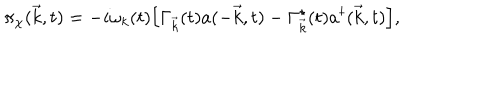
{ \pi } _ { \chi } ( \vec { k } , t ) = - i { \omega } _ { k } ( t ) \Big [ { \Gamma } _ { \vec { k } } ( t ) a ( - \vec { k } , t ) - { \Gamma } _ { \vec { k } } ^ { \star } ( t ) a ^ { \dagger } ( \vec { k } , t ) \Big ] ,